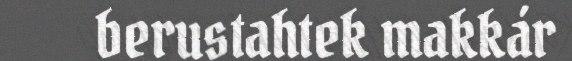
berustahtek makkár